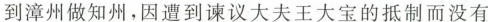
到漳州做知州，因遭到谏议大夫王大宝的抵制而没有